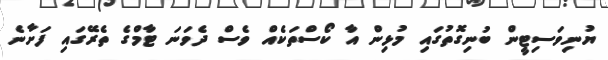
ޔުނިވަސިޓީން ބުނިިގޮތުގައި މުޅިން އާ ކޯސްތަކެއް ވެސް ދެވަނަ ޓާމްގެ ތެރޭގައި ފަށާނެ